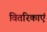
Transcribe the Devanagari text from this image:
वितरिकाएं